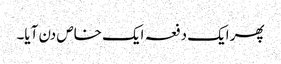
پھر ایک دفعہ ایک خاص دن آیا۔